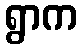
ရွာက